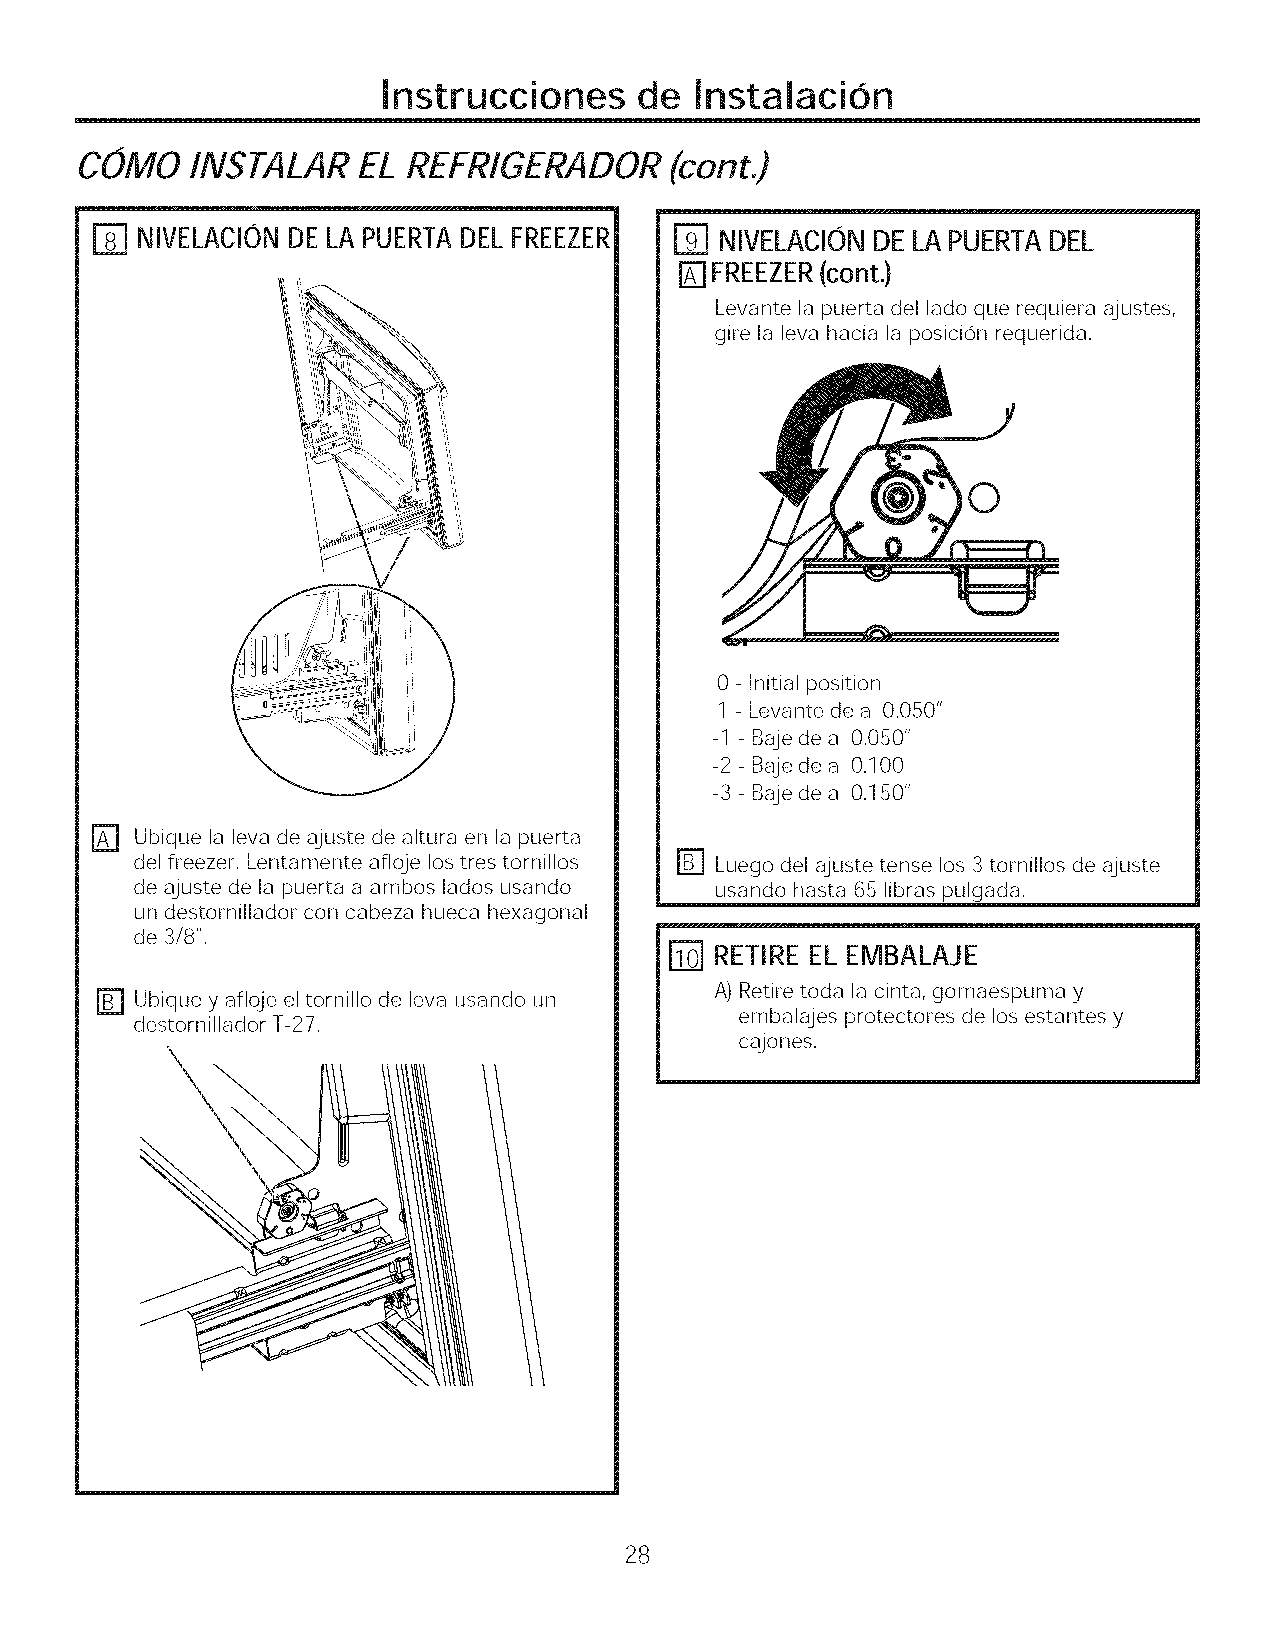
Instrucciones    de  Instalacion
 COMO    INSTALAR   EL REFRIGERADOR     (cont.)
 NIVELACIONDELAPUERTADELFREEZER         NIVELACION DE LA PUERTA DEL
 l_l FREEZER(cont.)
 Levante la puerta del lado que requiera ajustes,
 gire la leva hacia la posicion requerida.
 0
 0 - Initial position
 1- Levante de a 0.050"
 -1 - Baje de a 0.050"
 -2 - Bajede a 0.100
 -3 - Bajede a 0.150"
 D
 Ubique la leva de ajuste de altura en la puerta
 del freezer. Lentamente afioje los tres tornillos F] Luego del ajuste tense los 3tornillos de ajuste
 de ajuste de la puerta a ambos lados usando usando hasta 65 libras pulgada.
 un destornillador con cabeza hueca hexagonal
 de 3/8".
 IT_ RETIRE EL EMBALAJE
 A)Retire toda la cinta, gomaespuma y
 r_ Ubique y afloje eltornillo de leva usando un
 destornillador T-27.                    embalajes protectores de los estantes y
 \                                     cajones.
 28